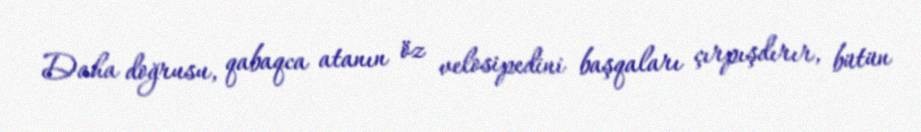
Daha doğrusu, qabaqca atanın öz velosipedini başqaları çırpışdırır, bütün